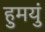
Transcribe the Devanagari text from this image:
हुमयुं